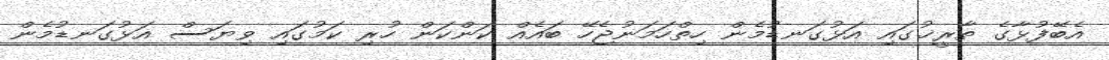
އެބޭފުޅާގެ ތާރީޚުގައި އަޅުގަނޑުމެން ހިތްހަމަނުޖެހޭ ބައެއް ކަންކަން ހުރި ކަމުގައި ވިޔަސް އަޅުގަނޑުމެން